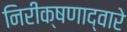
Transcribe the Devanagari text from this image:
निरीक्षणाद्वारे